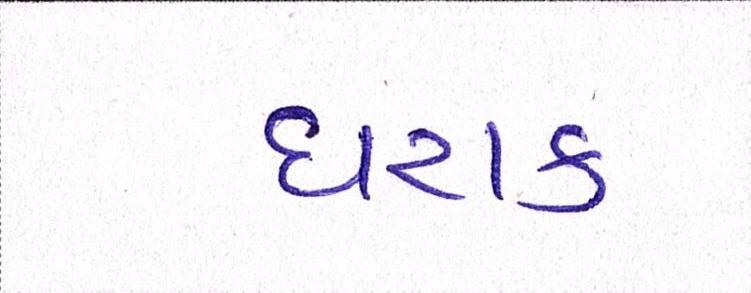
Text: ઘરાક